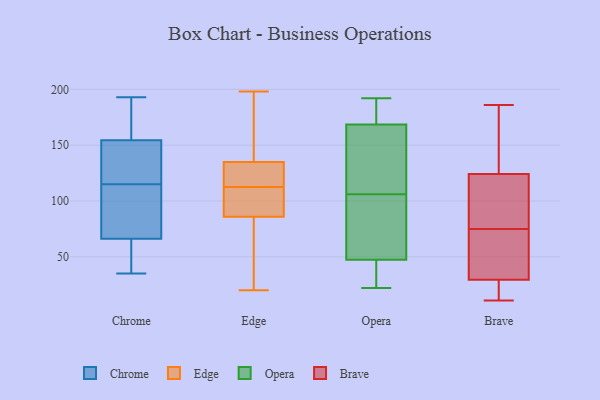
{"axis": {"x": "Humidity (%)", "y": "Value"}, "legend": ["Brave", "Chrome", "Edge", "Opera"], "data": [{"x": "", "y": 179, "type": "Chrome"}, {"x": "", "y": 177, "type": "Chrome"}, {"x": "", "y": 144, "type": "Chrome"}, {"x": "", "y": 155, "type": "Chrome"}, {"x": "", "y": 35, "type": "Chrome"}, {"x": "", "y": 135, "type": "Chrome"}, {"x": "", "y": 41, "type": "Chrome"}, {"x": "", "y": 144, "type": "Chrome"}, {"x": "", "y": 101, "type": "Chrome"}, {"x": "", "y": 58, "type": "Chrome"}, {"x": "", "y": 193, "type": "Chrome"}, {"x": "", "y": 115, "type": "Chrome"}, {"x": "", "y": 88, "type": "Chrome"}, {"x": "", "y": 44, "type": "Chrome"}, {"x": "", "y": 100, "type": "Chrome"}, {"x": "", "y": 160, "type": "Chrome"}, {"x": "", "y": 70, "type": "Chrome"}, {"x": "", "y": 153, "type": "Chrome"}, {"x": "", "y": 65, "type": "Chrome"}, {"x": "", "y": 119, "type": "Edge"}, {"x": "", "y": 107, "type": "Edge"}, {"x": "", "y": 198, "type": "Edge"}, {"x": "", "y": 156, "type": "Edge"}, {"x": "", "y": 118, "type": "Edge"}, {"x": "", "y": 20, "type": "Edge"}, {"x": "", "y": 86, "type": "Edge"}, {"x": "", "y": 75, "type": "Edge"}, {"x": "", "y": 103, "type": "Edge"}, {"x": "", "y": 135, "type": "Edge"}, {"x": "", "y": 167, "type": "Opera"}, {"x": "", "y": 78, "type": "Opera"}, {"x": "", "y": 79, "type": "Opera"}, {"x": "", "y": 190, "type": "Opera"}, {"x": "", "y": 179, "type": "Opera"}, {"x": "", "y": 192, "type": "Opera"}, {"x": "", "y": 163, "type": "Opera"}, {"x": "", "y": 116, "type": "Opera"}, {"x": "", "y": 175, "type": "Opera"}, {"x": "", "y": 22, "type": "Opera"}, {"x": "", "y": 49, "type": "Opera"}, {"x": "", "y": 32, "type": "Opera"}, {"x": "", "y": 106, "type": "Opera"}, {"x": "", "y": 37, "type": "Opera"}, {"x": "", "y": 99, "type": "Opera"}, {"x": "", "y": 169, "type": "Opera"}, {"x": "", "y": 24, "type": "Opera"}, {"x": "", "y": 155, "type": "Opera"}, {"x": "", "y": 47, "type": "Opera"}, {"x": "", "y": 122, "type": "Brave"}, {"x": "", "y": 118, "type": "Brave"}, {"x": "", "y": 75, "type": "Brave"}, {"x": "", "y": 159, "type": "Brave"}, {"x": "", "y": 69, "type": "Brave"}, {"x": "", "y": 27, "type": "Brave"}, {"x": "", "y": 19, "type": "Brave"}, {"x": "", "y": 11, "type": "Brave"}, {"x": "", "y": 34, "type": "Brave"}, {"x": "", "y": 116, "type": "Brave"}, {"x": "", "y": 176, "type": "Brave"}, {"x": "", "y": 41, "type": "Brave"}, {"x": "", "y": 186, "type": "Brave"}, {"x": "", "y": 167, "type": "Brave"}, {"x": "", "y": 29, "type": "Brave"}, {"x": "", "y": 12, "type": "Brave"}, {"x": "", "y": 31, "type": "Brave"}, {"x": "", "y": 76, "type": "Brave"}, {"x": "", "y": 125, "type": "Brave"}]}